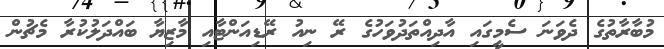
މުބާރާތުގެ ދެވަނަ ސެމީގައި އާދިއްތަދުވަހުގެ ރޭ ނިއު ރޭޑިއަންޓާއި މާޒިޔާ ބައްދަލުކުރާ މެޗުން